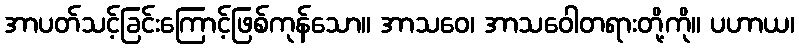
အာပတ်သင့်ခြင်းကြောင့်ဖြစ်ကုန်သော။ အာသဝေ၊ အာသဝေါတရားတို့ကို။ ပဟာယ၊